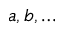
a , b , \ldots